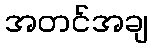
အတင်အချ